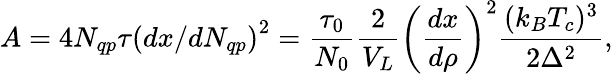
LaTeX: A=4N_{qp}\tau\left(dx/dN_{qp}\right)^{2}=\frac{\tau_{0}}{N_{0}}\frac{2}{V_{L}}\left(\frac{dx}{d\rho}\right)^{2}\frac{(k_{B}T_{c})^{3}}{2\Delta^{2}},